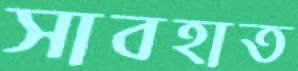
সাবহাত